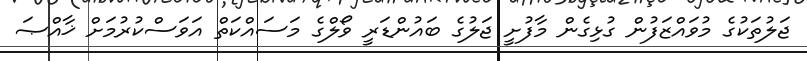
ޖަލުތަކުގެ މުވައްޒަފުން ގުޅިގެން މާފުށީ ޖަލުގެ ބައުންޑަރީ ވޯލްގެ މަސައްކަތް އަވަސްކުރުމަށް ޚާއްޞަ